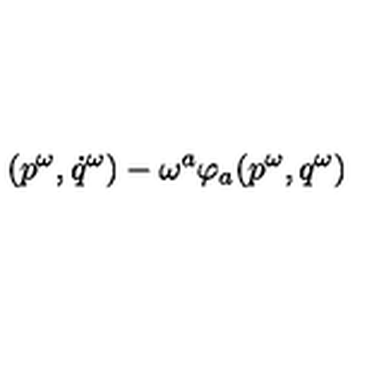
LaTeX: ( p ^ { \omega } , { \dot { q } ^ { \omega } } ) - \omega ^ { a } \varphi _ { a } ( p ^ { \omega } , q ^ { \omega } )